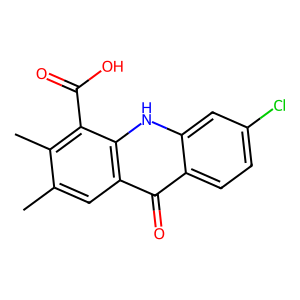
SMILES: Cc1cc2c(=O)c3ccc(Cl)cc3[nH]c2c(C(=O)O)c1C
Inhibits HIV replication: No